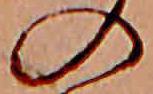
の